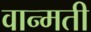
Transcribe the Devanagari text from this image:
वान्मती